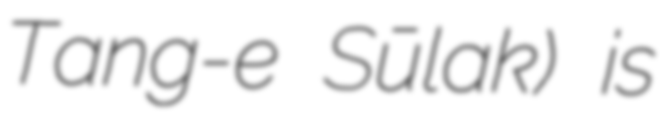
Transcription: Tang-e Sūlak) is